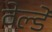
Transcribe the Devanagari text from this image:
वेल्डे